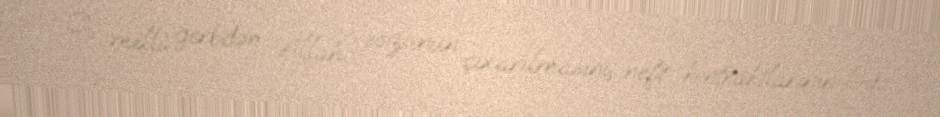
O, milli gerbdən “Allah” sözünün çıxarılmasını, neft kontraktlarının ləğv